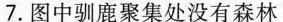
7.图中驯鹿聚集处没有森林